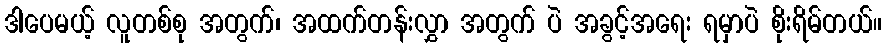
ဒါပေမယ့် လူတစ်စု အတွက်၊ အထက်တန်းလွှာ အတွက် ပဲ အခွင့်အရေး ရမှာပဲ စိုးရိမ်တယ်။